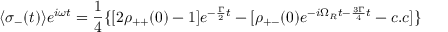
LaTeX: \langle \sigma _ { - } ( t ) \rangle e ^ { i \omega t } = { \frac { 1 } { 4 } } \{ [ 2 \rho _ { + + } ( 0 ) - 1 ] e ^ { - { \frac { \Gamma } { 2 } } t } - [ \rho _ { + - } ( 0 ) e ^ { - i \Omega _ { R } t - { \frac { 3 \Gamma } { 4 } } t } - c . c ] \}